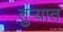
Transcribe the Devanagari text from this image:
तुर्‍यात